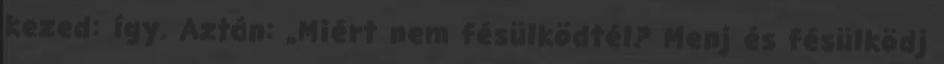
kezed: így. Aztán: „Miért nem fésülködtél? Menj és fésülködj